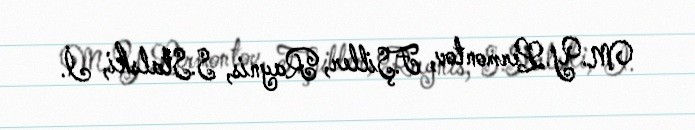
M.Y.Lermontov, F.Şiller, Raynis, S.Stalski, İ.